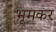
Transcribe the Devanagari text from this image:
भूमकर